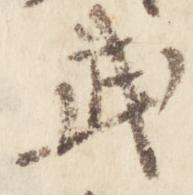
武